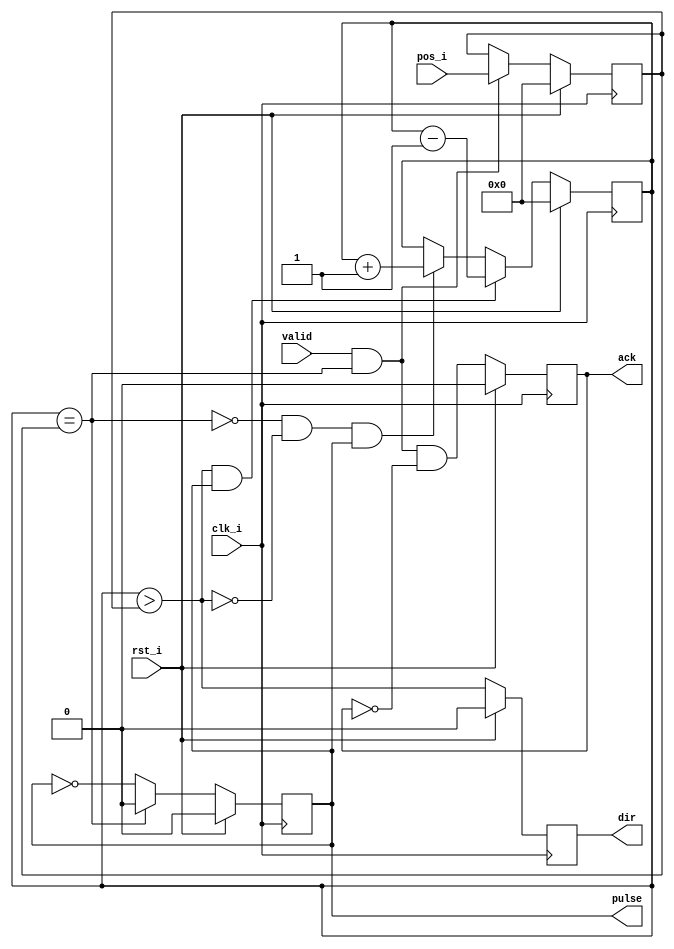
module stpmtr (/*AUTOARG*/
   // Outputs
   ack, dir, pulse,
   // Inputs
   clk_i, rst_i, pos_i, valid
   );

   // General
   input clk_i;
   input rst_i;
   
   // Circuit interface
   input [7:0] pos_i;   
   input       valid;
   output      ack;

   // Motor Interface
   output      dir;
   output      pulse;

   /*AUTOREG*/
   // Beginning of automatic regs (for this module's undeclared outputs)
   reg			ack;
   reg			pulse;
   // End of automatics
   
   // Position register
   reg [7:0]   rPOS;

   always @(posedge clk_i)
     begin
	if(rst_i)
	  begin
	     /*AUTORESET*/
	     // Beginning of autoreset for uninitialized flops
	     rPOS <= 8'h0;
	     // End of automatics
	  end
	else if(valid & fDONE)
	  begin
	     rPOS <= pos_i;
	  end
     end

   // Acknowledge Signal
   always @(posedge clk_i)
     begin
	if(rst_i)
	  begin
	     /*AUTORESET*/
	     // Beginning of autoreset for uninitialized flops
	     ack <= 1'h0;
	     // End of automatics
	  end
	else
	  begin
	     ack <= fDONE & valid & !ack ;
	     
	  end
     end

   // Flags
   wire fDONE;
   wire fCW;
   wire fCCW;


   assign fDONE = (count == rPOS);
   assign fCW = (count > rPOS);
   assign fCCW = !fDONE & !fCW;
   
   
   //Counter , Up-down Counter, 8-bit

   reg [7:0] count;
   always @(posedge clk_i)
     begin
	if(rst_i)
	  begin
	     /*AUTORESET*/
	     // Beginning of autoreset for uninitialized flops
	     count <= 8'h0;
	     // End of automatics
	  end
	else if (fCW & pulse)
	  begin
	     count <= count -1'b1;
	  end
	else if (fCCW & pulse)
	  begin
	     count <= count +1'b1;
	  end
     end

   reg dir;
   always @(posedge clk_i)
     begin
	if(rst_i)
	  begin
	     /*AUTORESET*/
	     // Beginning of autoreset for uninitialized flops
	     dir <= 1'h0;
	     // End of automatics
	  end
	else 
	  begin
	     dir <= fCW;
	  end
     end // always @ (posedge clk_i)

   always @(posedge clk_i)
     begin
	if(rst_i)
	  begin
	     /*AUTORESET*/
	     // Beginning of autoreset for uninitialized flops
	     pulse <= 1'h0;
	     // End of automatics
	  end
	else if (~fDONE)
	  begin
	     pulse <= ~pulse;
	  end
	else
	  begin
	     pulse <= 1'b0;
	  end
     end

endmodule